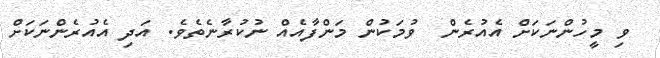
ވި މީހުންނަކަށް އެއުރެން  ވުމަކުން މަންފާއެއް ނުކުރާނެތެވެ. އަދި އެއުރެންނަކަށް